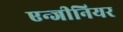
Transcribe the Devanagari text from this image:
एन्जीनियर